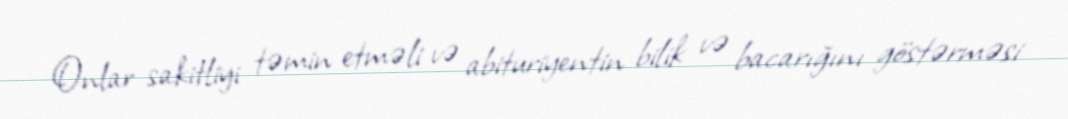
Onlar sakitliyi təmin etməli və abituriyentin bilik və bacarığını göstərməsi